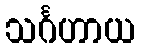
သင်္ဂဟာယ